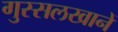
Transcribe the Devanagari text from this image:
गुस्सलखानें